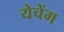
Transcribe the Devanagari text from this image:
येचेंग